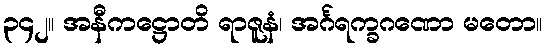
၃၄၂။ အနီကဋ္ဌောတိ ရာဇူနံ၊ အင်္ဂရက္ခဂဏော မတော။